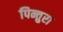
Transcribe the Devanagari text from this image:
पिन्तुरा